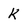
Character: K